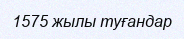
1575 жылы туғандар